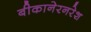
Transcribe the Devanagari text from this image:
बीकानेरनरेश